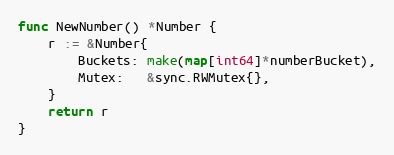
Language: Go
func NewNumber() *Number {
	r := &Number{
		Buckets: make(map[int64]*numberBucket),
		Mutex:   &sync.RWMutex{},
	}
	return r
}